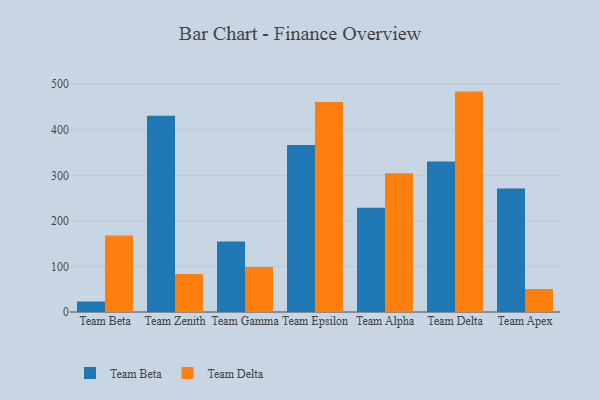
{"axis": {"x": "Team", "y": "Customer Acquisition Cost (USD)"}, "legend": ["Team Beta", "Team Delta"], "data": [{"x": "Team Beta", "y": 23.0, "type": "Team Beta"}, {"x": "Team Beta", "y": 167.7, "type": "Team Delta"}, {"x": "Team Zenith", "y": 430.8, "type": "Team Beta"}, {"x": "Team Zenith", "y": 83.2, "type": "Team Delta"}, {"x": "Team Gamma", "y": 154.8, "type": "Team Beta"}, {"x": "Team Gamma", "y": 98.9, "type": "Team Delta"}, {"x": "Team Epsilon", "y": 366.5, "type": "Team Beta"}, {"x": "Team Epsilon", "y": 460.8, "type": "Team Delta"}, {"x": "Team Alpha", "y": 228.9, "type": "Team Beta"}, {"x": "Team Alpha", "y": 304.7, "type": "Team Delta"}, {"x": "Team Delta", "y": 330.4, "type": "Team Beta"}, {"x": "Team Delta", "y": 483.9, "type": "Team Delta"}, {"x": "Team Apex", "y": 271.1, "type": "Team Beta"}, {"x": "Team Apex", "y": 50.5, "type": "Team Delta"}]}